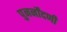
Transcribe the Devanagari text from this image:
पुनर्नोंदणी